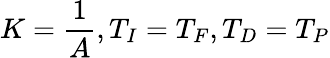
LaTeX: K={\frac{1}{A}},T_{I}=T_{F},T_{D}=T_{P}